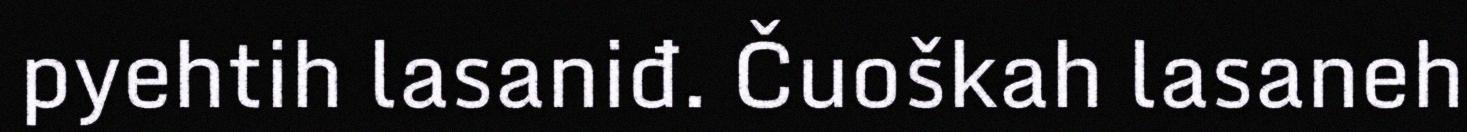
pyehtih lasaniđ. Čuoškah lasaneh